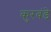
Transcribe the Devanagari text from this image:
कुरवंडे